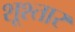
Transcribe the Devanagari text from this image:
शूश्तार